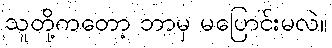
သူတို့ကတော့ ဘာမှ မပြောင်းမလဲ။